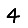
Digit: 4